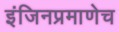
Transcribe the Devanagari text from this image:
इंजिनप्रमाणेच